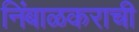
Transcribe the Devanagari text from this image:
निंबाळकराची